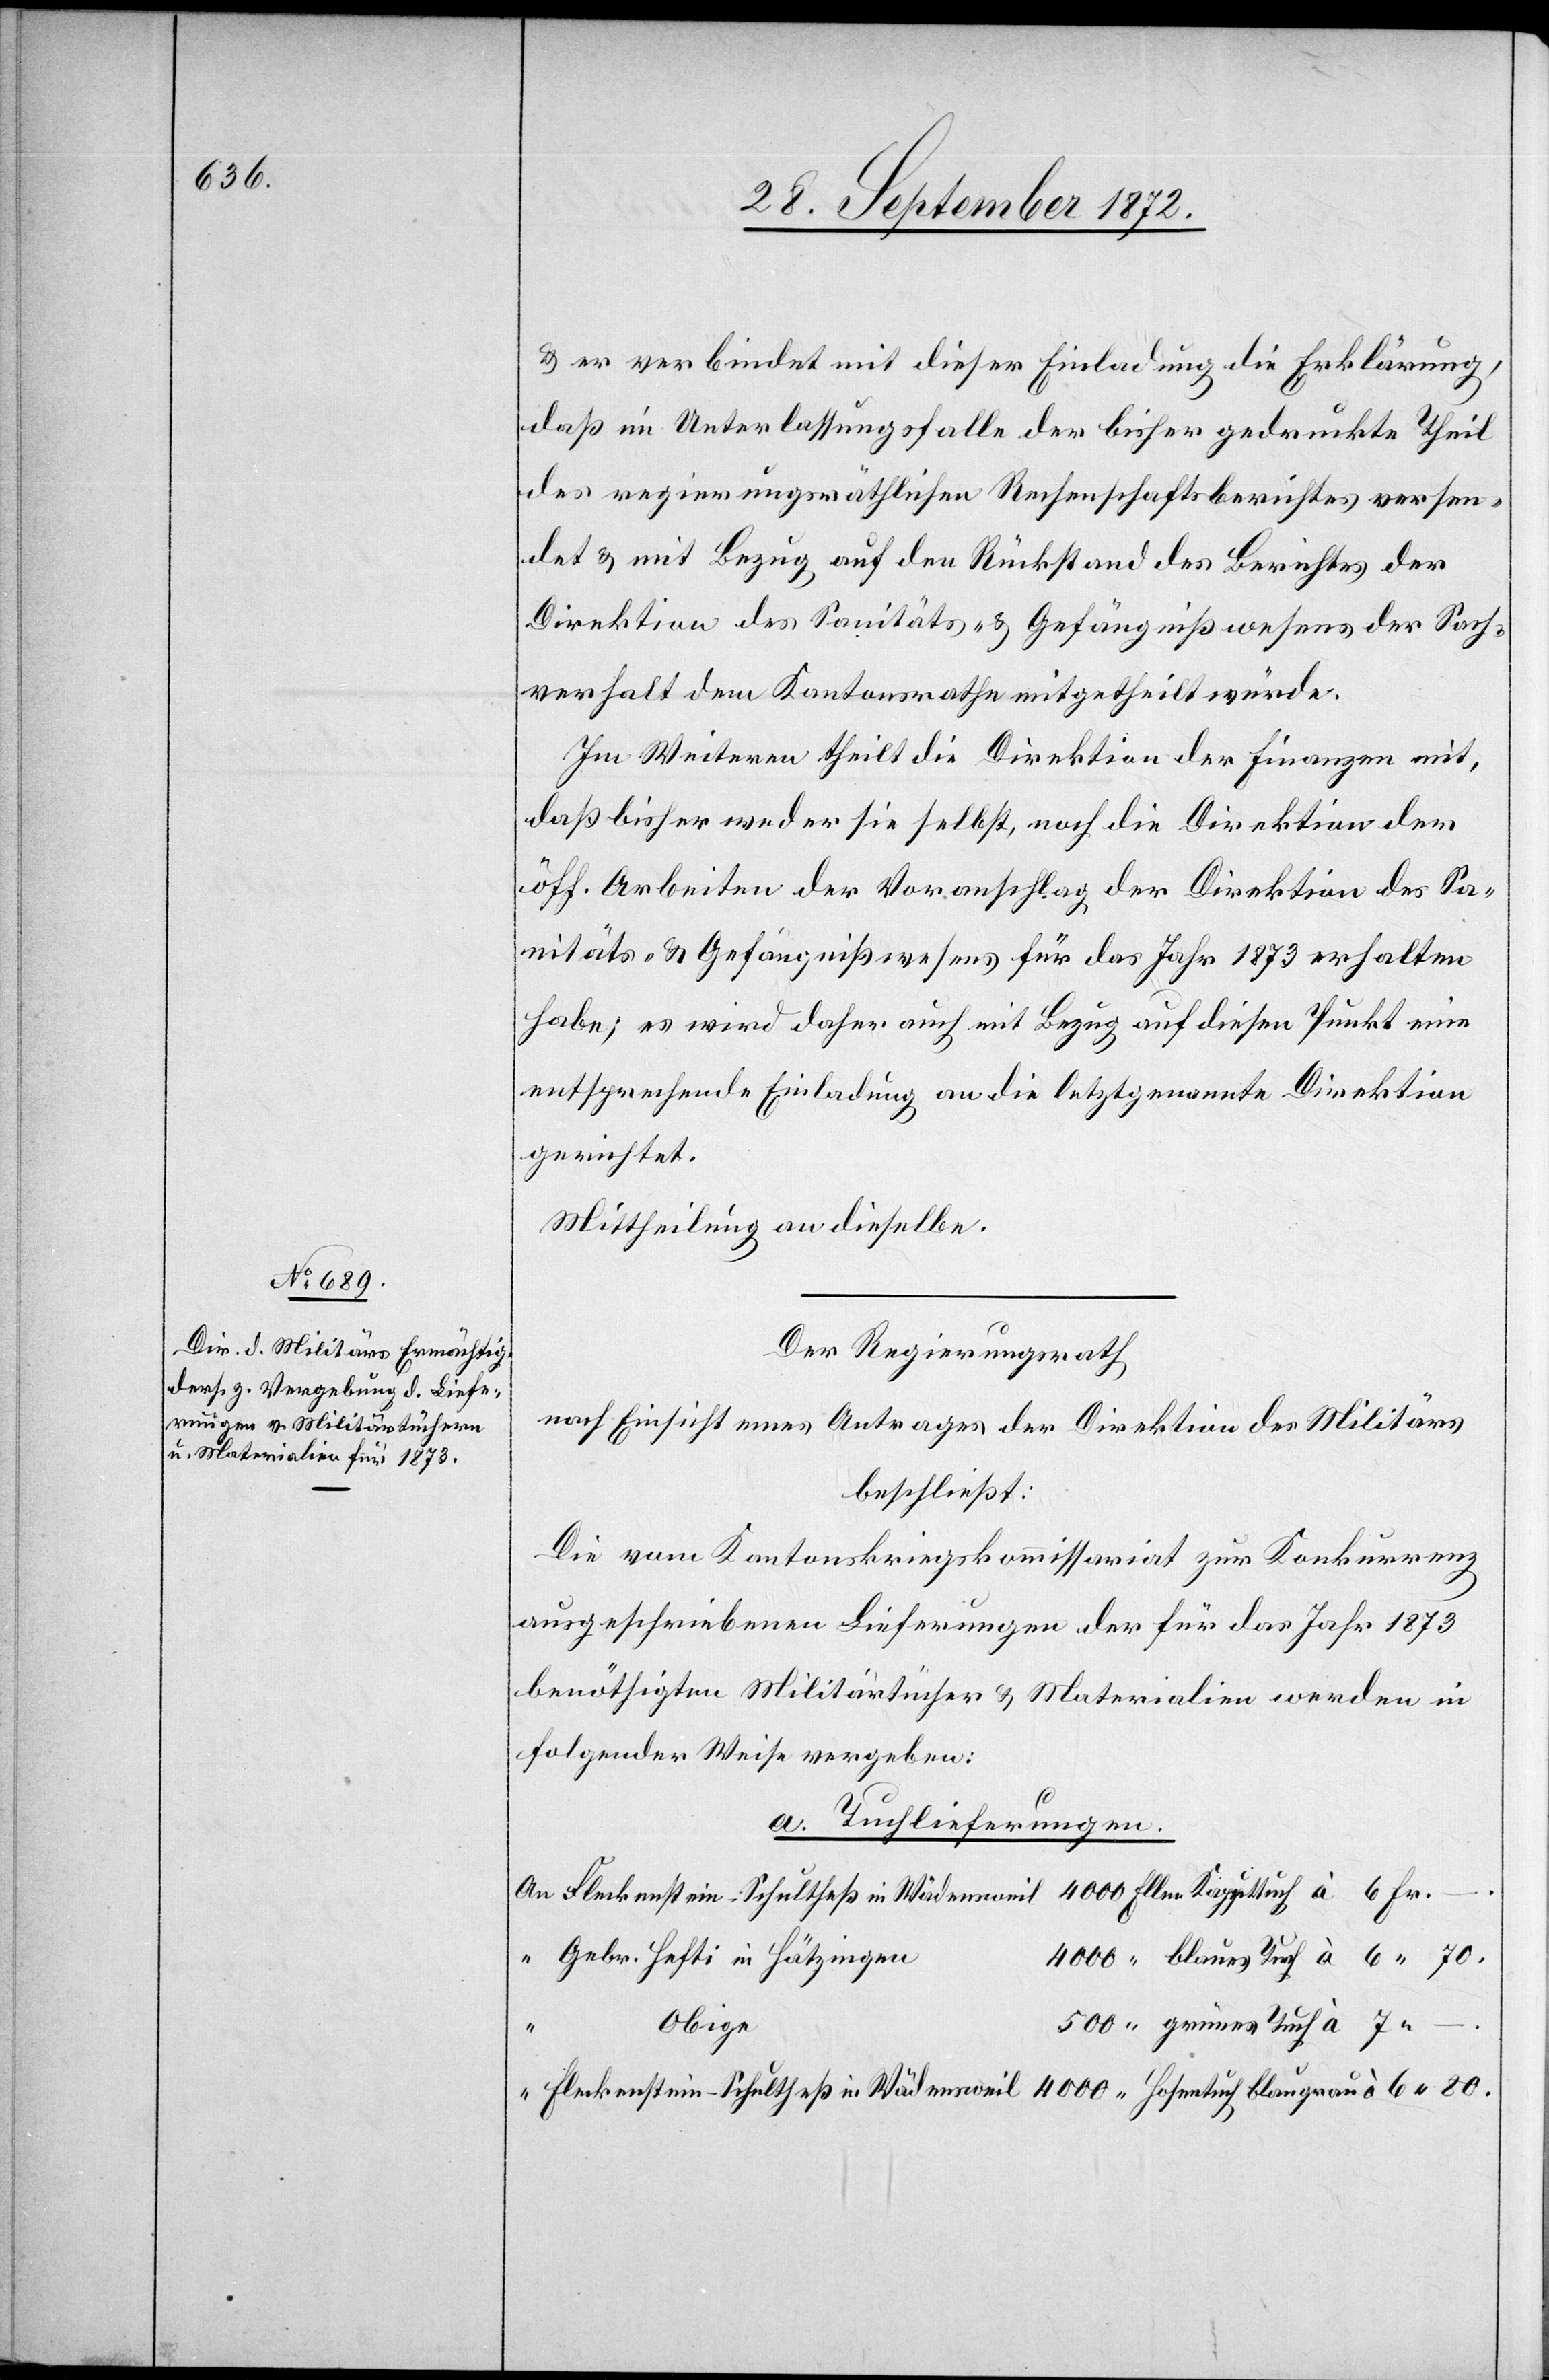
u. er verbindet mit dieser Einladung die Erklärung,
daß in Unterlassungsfalle der bisher gedruckte Theil
des regierungsräthlichen Rechenschaftsberichtes versen¬
det u. mit Bezug auf den Rückstand des Beriches der
Direktion des Sanitäts- u. Gefängnißwesens der Sach¬
verhalt dem Kantonsrathe mitgetheilt würde.
Im Weiteren theilt die Direktion der Finanzen mit,
daß bisher weder sie selbst, noch die Direktion der
öff. Arbeiten der Voranschlag der Direktion des Sa¬
nitäts- u. Gefängnißwesens für das Jahr 1873 erhalten
habe; es wird daher auch mit Bezug auf diesen Punkt eine
entsprechende Einladung an die letztgenannte Direktion
gerichtet.
Mittheilung an dieselbe.
Der Regierungsrath
nach Einsicht eines Antrages der Direktion des Militärs
beschließt:
Die vom Kantonskriegskommissariat zur Konkurrenz
ausgeschriebenen Lieferungen der für das Jahr 1873
benöthigten Militärtücher u. Materialien werden in
folgender Weise vergeben:
80.
a. Tuchlieferungen.
Gebr. Hefti in Hätzingen
Obige